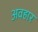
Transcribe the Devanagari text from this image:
अवहार